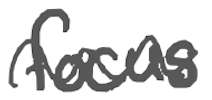
Text: focus
Cross-out: wave
Writing tool: digital_gray